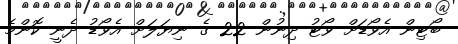
ބޯޓިން އެވޯޑަށް ވޯޓު ދިނުން 22 ގެ ނިޔަލަށް އެވޯޑު ދެނީ ކޮންމެ